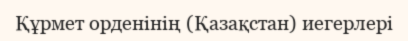
Құрмет орденінің (Қазақстан) иегерлері